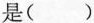
是()